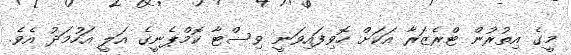
މީގެ އިތުރުން ޓްރެޒަރާ އަކަށް ހޮވިފައިވަނީ ވިސްޓާ ކޮމްޕެނީގެ އަލީ އަހުމަދު އެވެ.